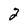
Character: 2